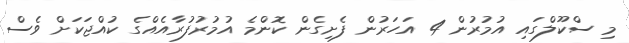
މި ސްކޫލްގައި އުމުރުން 4 އަހަރުން ފެށިގެން ކޮންމެ އުމުރުފުރާއެއްގެ ކުއްޖަކަށް ވެސް